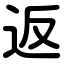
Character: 返